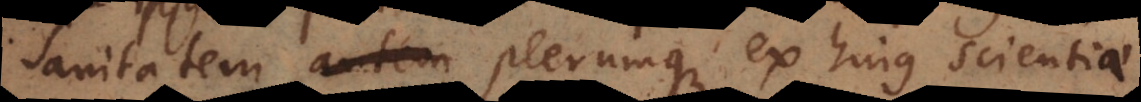
sanitatem plerumque ex hujus scientiae